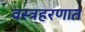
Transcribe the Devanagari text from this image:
वस्त्रहरणात